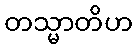
တသ္မာတိဟ